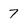
Character: 7